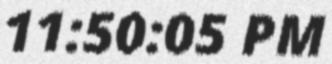
11:50:05 PM